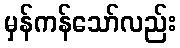
မှန်ကန်သော်လည်း